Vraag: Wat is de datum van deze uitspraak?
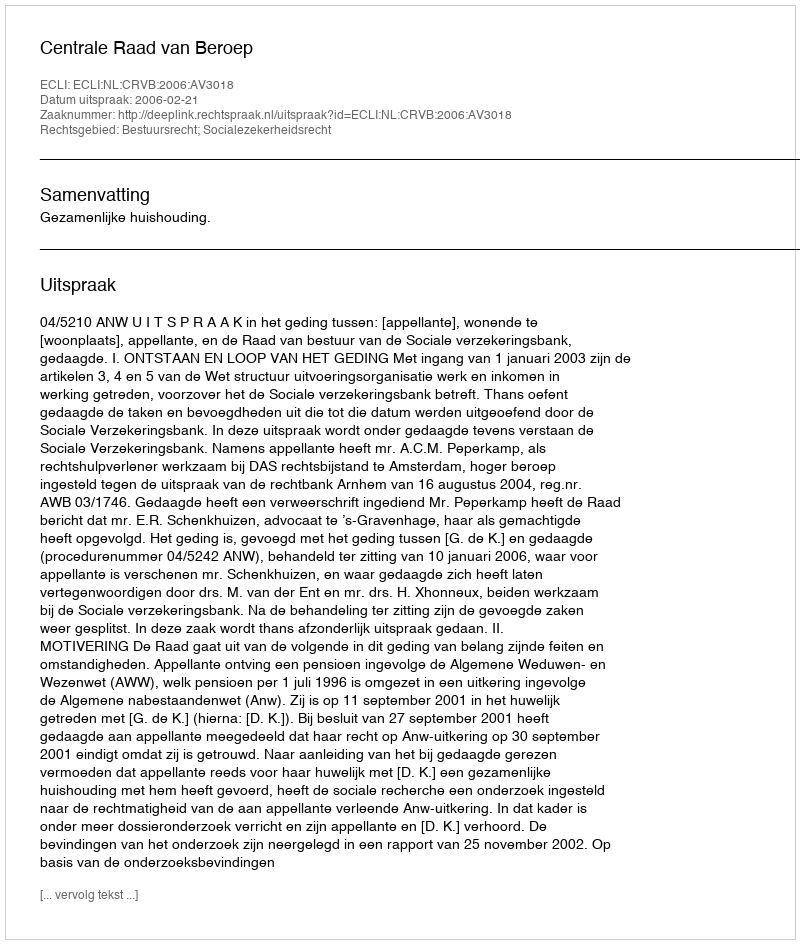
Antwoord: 2006-02-21